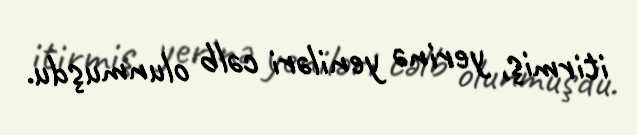
itirmiş, yerinə yeniləri cəlb olunmuşdu.